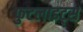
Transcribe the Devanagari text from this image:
फुटलाइट्स